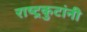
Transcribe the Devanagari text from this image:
राष्ट्रकुटांनी